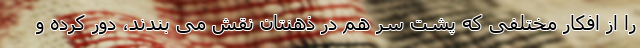
را از افکار مختلفی که پشت سر هم در ذهنتان نقش می بندند، دور کرده و